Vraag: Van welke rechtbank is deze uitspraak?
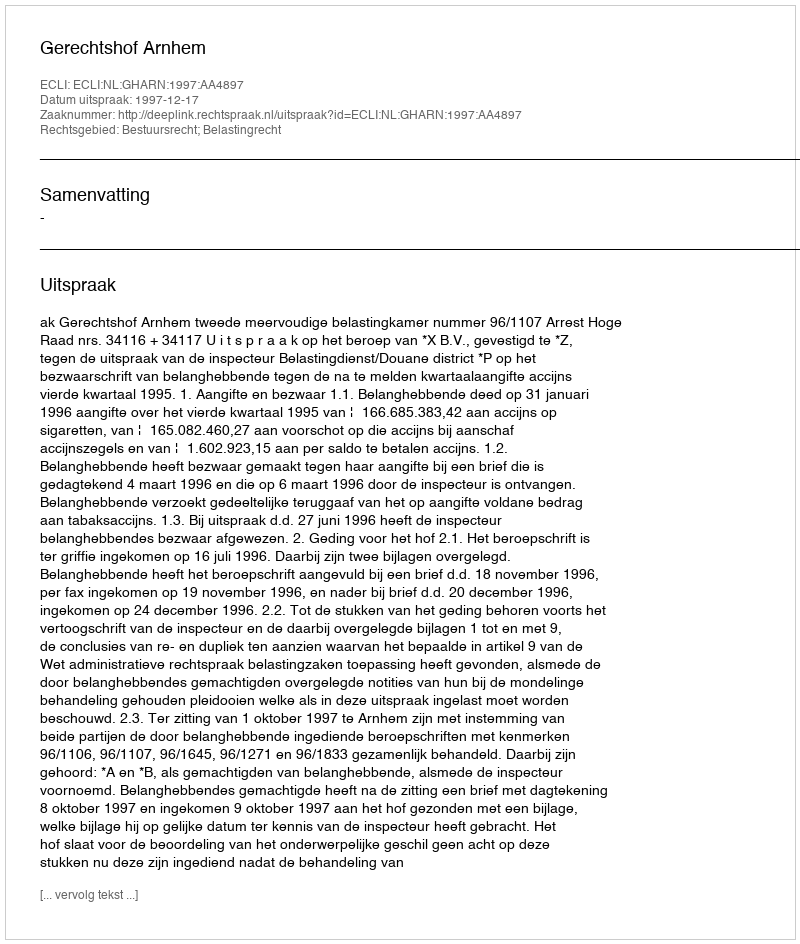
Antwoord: Gerechtshof Arnhem